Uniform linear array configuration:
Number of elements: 48
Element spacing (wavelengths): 1
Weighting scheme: hamming
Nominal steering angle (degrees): -30
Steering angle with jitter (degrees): -29.865
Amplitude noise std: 0.05
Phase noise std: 0.05

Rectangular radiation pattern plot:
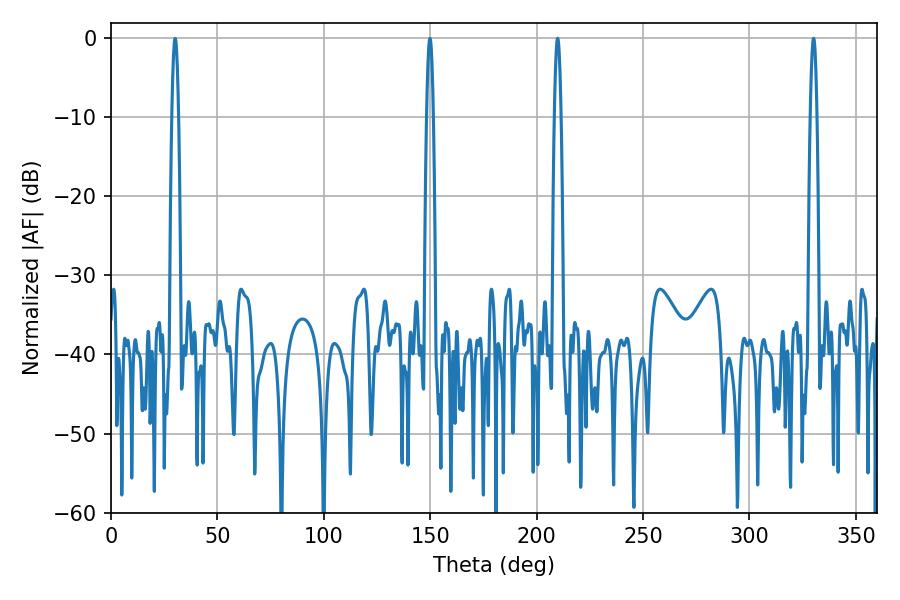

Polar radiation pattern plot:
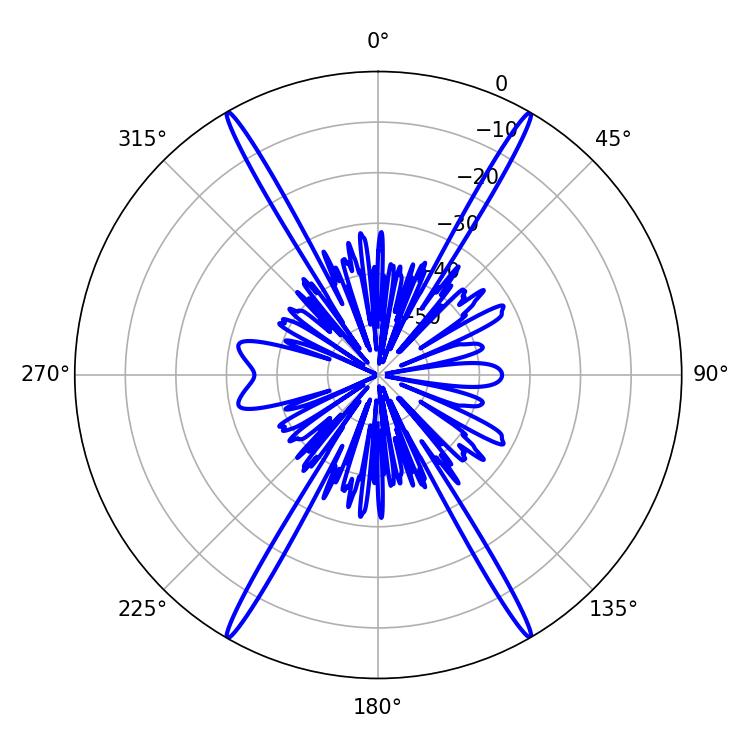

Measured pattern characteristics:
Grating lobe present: TRUE
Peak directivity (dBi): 38.282
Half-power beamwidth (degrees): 1.8
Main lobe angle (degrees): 330.12